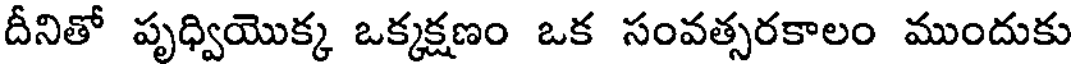
దీనితో పృధ్వియొక్క ఒక్కక్షణం ఒక సంవత్సరకాలం ముందుకు